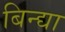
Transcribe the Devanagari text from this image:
बिन्द्या